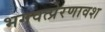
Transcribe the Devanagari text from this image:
भगवत्प्रेरणावश